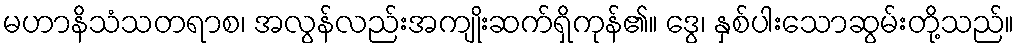
မဟာနိသံသတရာစ၊ အလွန်လည်းအကျိုးဆက်ရှိကုန်၏။ ဒွေ၊ နှစ်ပါးသောဆွမ်းတို့သည်။